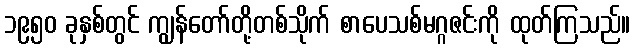
၁၉၅၀ ခုနှစ်တွင် ကျွန်တော်တို့တစ်သိုက် စာပေသစ်မဂ္ဂဇင်းကို ထုတ်ကြသည်။